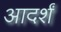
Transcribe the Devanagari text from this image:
आदर्शं